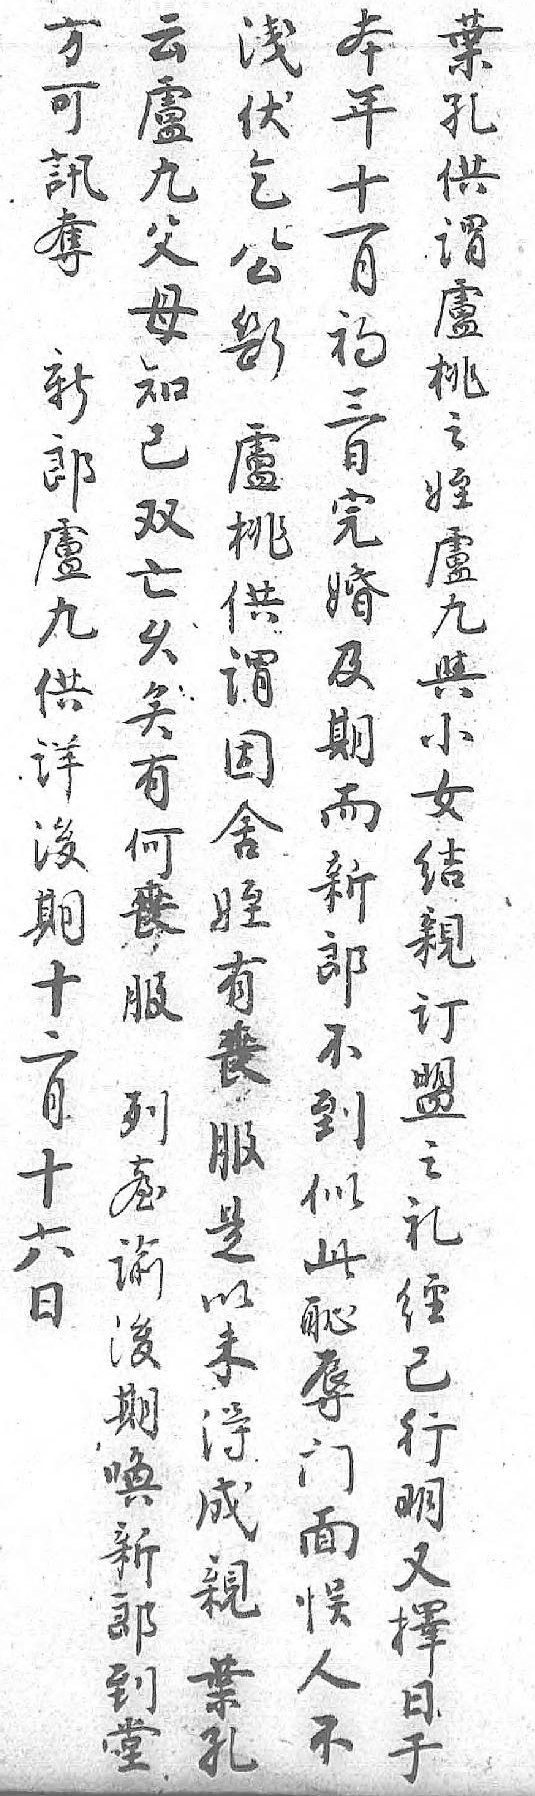
本葉云淺方年孔盧伏可十供九乞訊一谓父公奪月盧母斷新初桃知盧郎三之已桃盧日姪双供九完盧亡谓供婚九乆因详及與矣舍後期小有姪期而女何有十新结丧丧二郎親服服月不订列是十到盟𦤼以六似之谕未日此礼後得 耻經期成 辱已唤親 门行新葉 面明郎孔 悮又到  人擇堂  不日    于